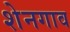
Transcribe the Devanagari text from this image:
शेनगाव